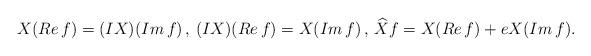
LaTeX: \begin{align*}X(Re\,f)=(IX)(Im\,f)\,,\,(IX)(Re\,f)=X(Im\,f)\,,\,\widehat{X}f=X(Re\,f)+eX(Im\,f).\end{align*}